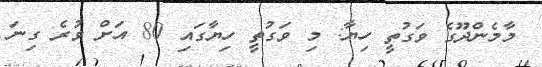
މާމެންދޫގެ ވަގުތީ ހިޔާ: މި ވަގުތީ ހިޔާގައި 80 އަށް ވުރެ ގިނަ